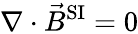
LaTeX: \nabla\cdot{\vec{B}}^{\mathrm{SI}}=0